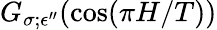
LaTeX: G_{\sigma;\epsilon^{\prime\prime}}(\cos(\pi H/T))